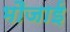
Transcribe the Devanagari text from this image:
भौजाई